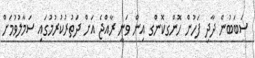
ސަބަބުން ދާދި ފަހުން ހޮންގކޮންގ އިން ވަނީ ރާއްޖެ އަށް ދަތުރުކުރުމުގައި ސަމާލުވުމަށް